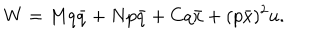
W = M q \bar { q } + N p \bar { q } + C q \bar { x } + ( p \bar { x } ) ^ { 2 } u .